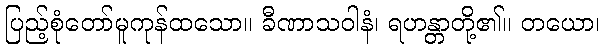
ပြည့်စုံတော်မူကုန်ထသော။ ခီဏာသဝါနံ၊ ရဟန္တာတို့၏။ တယော၊